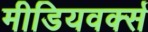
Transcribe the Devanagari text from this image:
मीडियवर्क्स